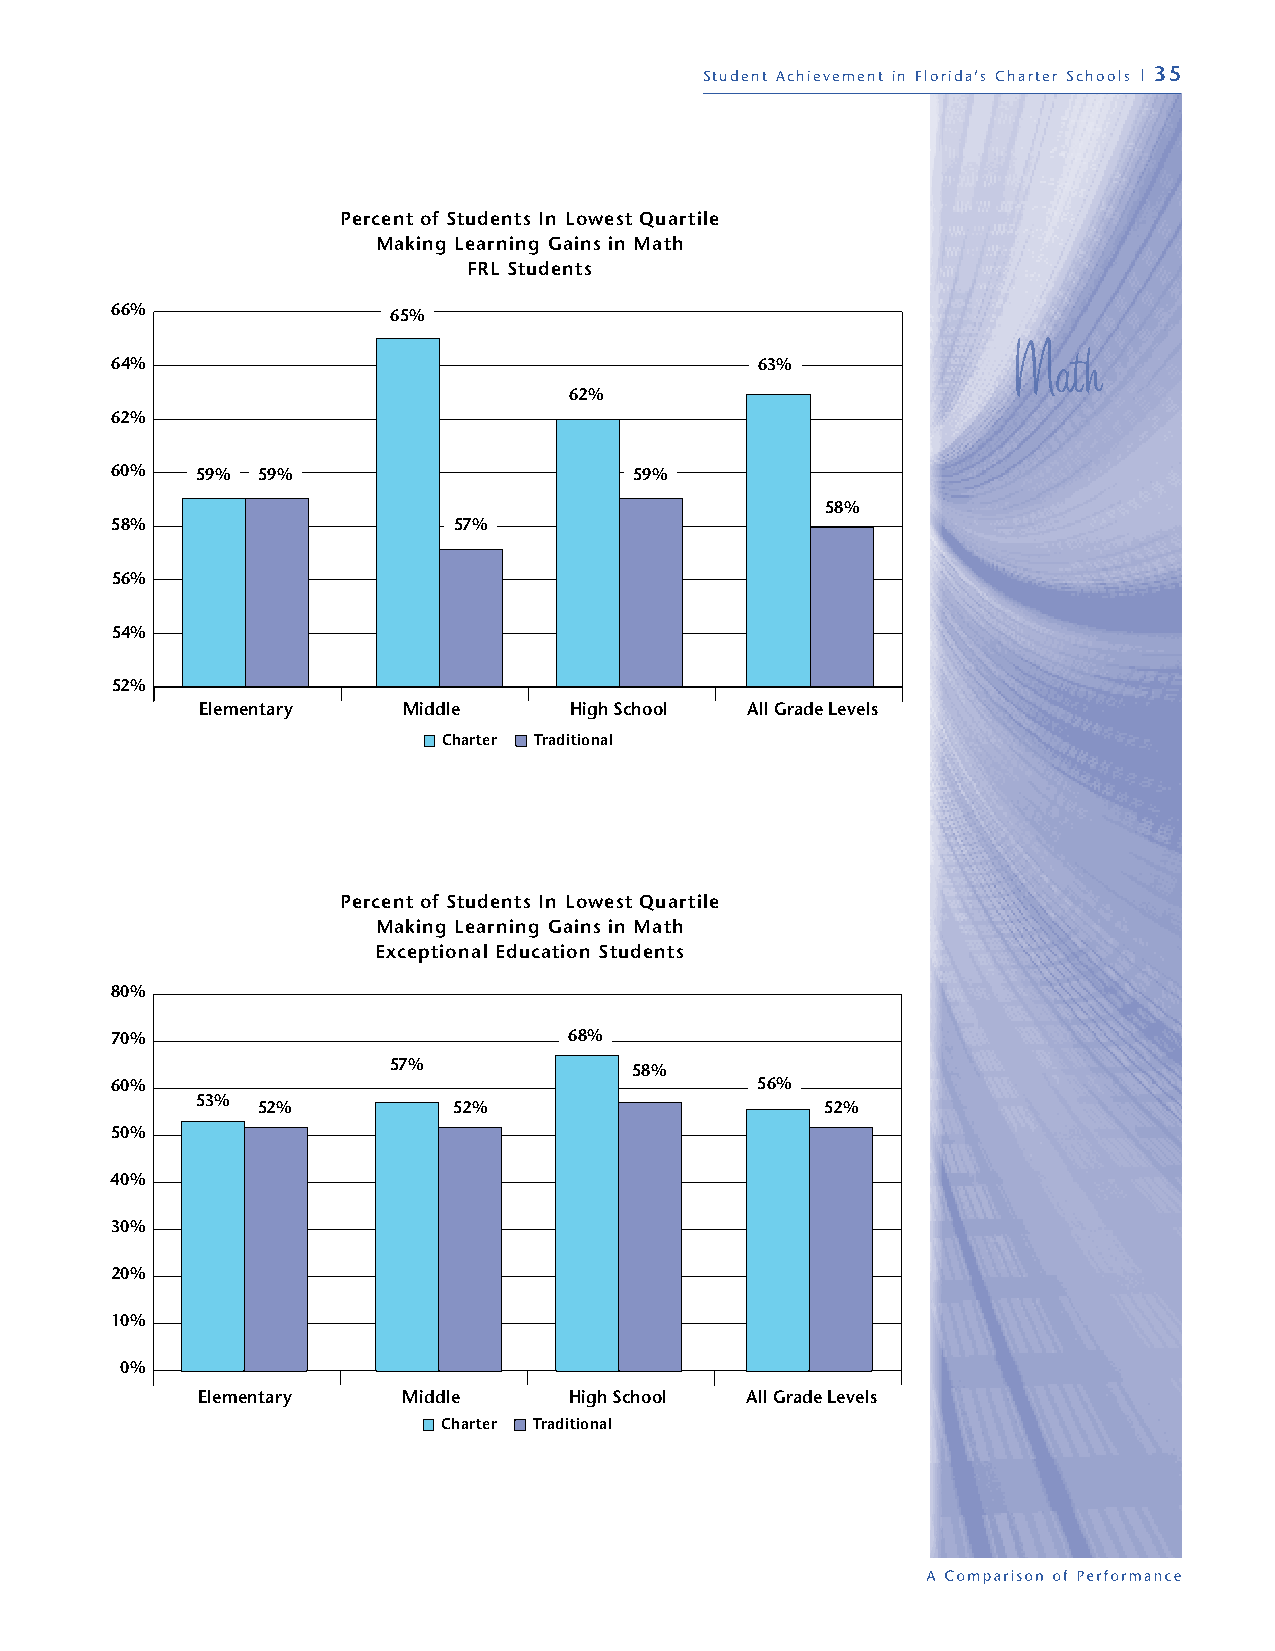
Student Achievement in Florida’s Charter Schools | 35
 Percent of Students In Lowest Quartile
 Making Learning Gains in Math
 FRL Students
 66%                65%
 64%                                        63%
 62%
 62%
 60%   59% 59%                      59%
 58%
 58%                    57%
 56%
 54%
 52%
 Elementary    Middle     High School All Grade Levels
 Charter Traditional
 Percent of Students In Lowest Quartile
 Making Learning Gains in Math
 Exceptional Education Students
 80%
 70%                            68%
 57%             58%
 60%                                        56%
 53%
 52%          52%                      52%
 50%
 40%
 30%
 20%
 10%
 0%
 Elementary    Middle     High School All Grade Levels
 Charter Traditional